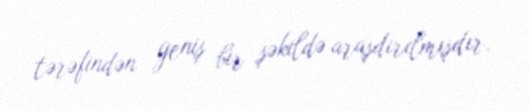
tərəfindən geniş bir şəkildə araşdırılmışdır.